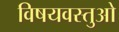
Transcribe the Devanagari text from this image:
विषयवस्तुओ